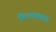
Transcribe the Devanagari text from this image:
निरपक्खता